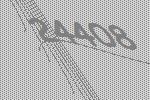
24408